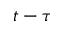
t - \tau